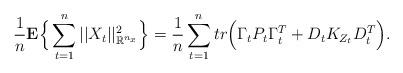
LaTeX: \begin{align*}&\frac{1}{n} {\bf E} \Big\{\sum_{t=1}^{n} ||X_t||_{{\mathbb R}^{n_x}}^2\Big\}= \frac{1}{n} \sum_{t=1}^{n} tr \Big(\Gamma_t P_t \Gamma_t^T +D_t K_{Z_t}D_t^T\Big) .\end{align*}